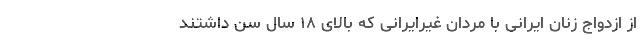
از ازدواج زنان ایرانی با مردان غیرایرانی که بالای ۱۸ سال سن داشتند